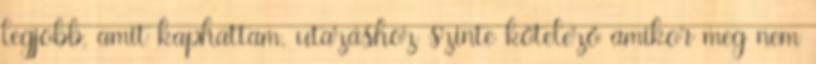
legjobb, amit kaphattam. utazáshoz szinte kötelező amikor meg nem